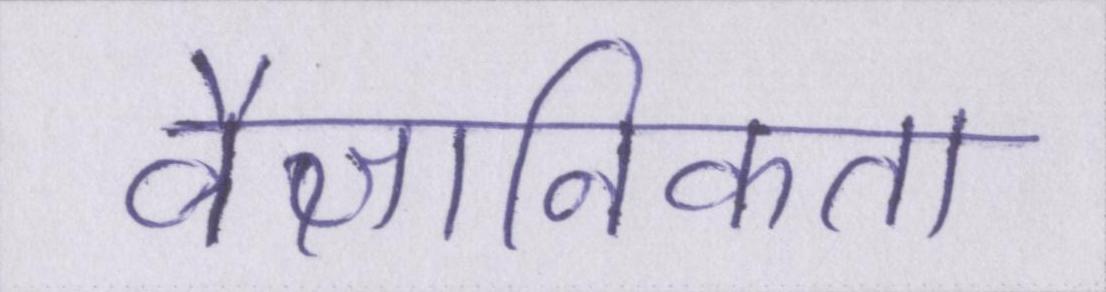
वैज्ञानिकता